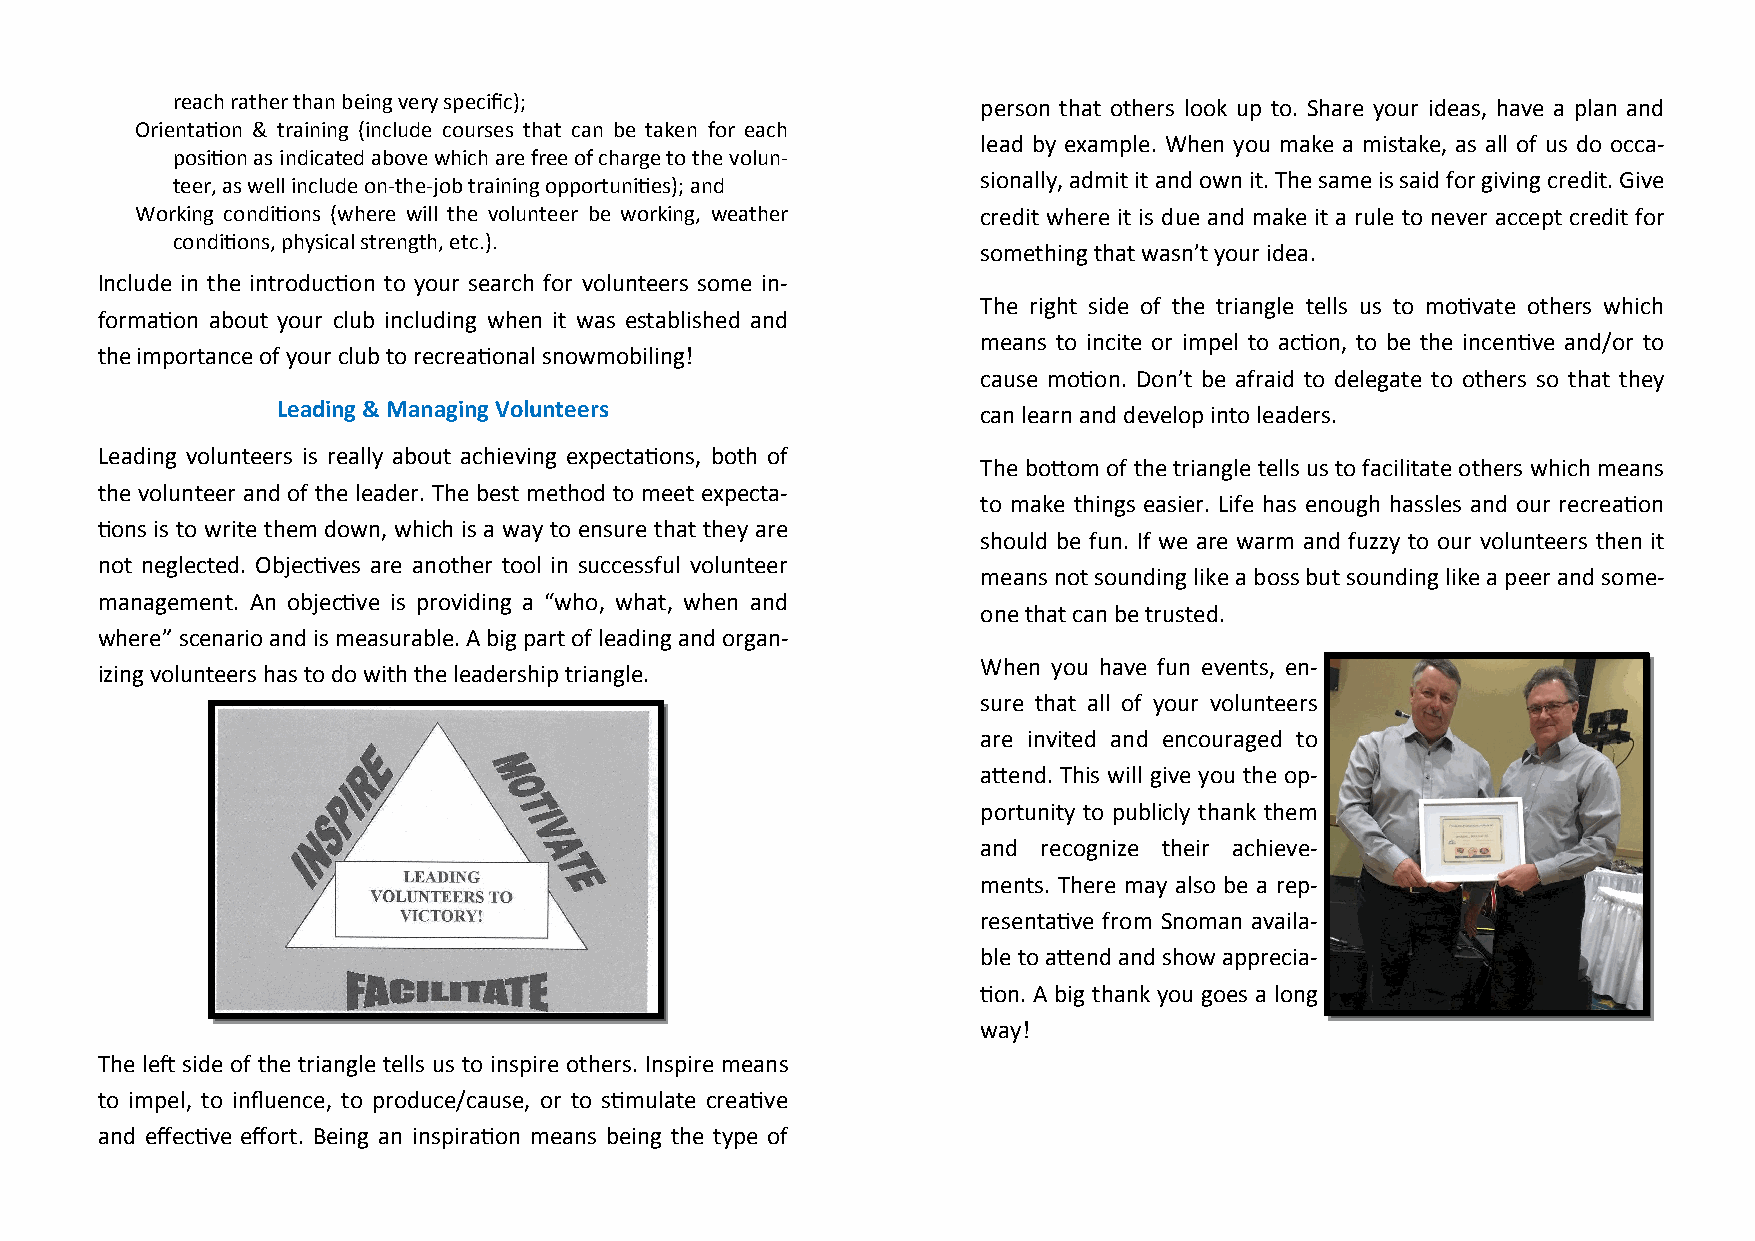
reach rather than being very specific);               person that others look up to. Share your ideas, have a plan and
 Orientation & training (include courses that can be taken for each
 lead by example. When you make a mistake, as all of us do occa-
 position as indicated above which are free of charge to the volun-
 teer, as well include on- the- job training opportunities); and sionally, admit it and own it. The same is said for giving credit. Give
 Working conditions (where will the volunteer be working, weather credit where it is due and make it a rule to never accept credit for
 conditions, physical strength, etc.).
 something that wasn’t your idea.
 Include in the introduction to your search for volunteers some in-
 The right side of the triangle tells us to motivate others which
 formation about your club including when it was established and
 means to incite or impel to action, to be the incentive and/or to
 the importance of your club to recreational snowmobiling!
 cause motion. Don’t be afraid to delegate to others so that they
 Leading & Managing Volunteers                  can learn and develop into leaders.
 Leading volunteers is really about achieving expectations, both of
 The bottom of the triangle tells us to facilitate others which means
 the volunteer and of the leader. The best method to meet expecta-
 to make things easier. Life has enough hassles and our recreation
 tions is to write them down, which is a way to ensure that they are
 should be fun. If we are warm and fuzzy to our volunteers then it
 not neglected. Objectives are another tool in successful volunteer
 means not sounding like a boss but sounding like a peer and some-
 management. An objective is providing a “who, what, when and
 one that can be trusted.
 where” scenario and is measurable. A big part of leading and organ-
 When you have fun events, en-
 izing volunteers has to do with the leadership triangle.
 sure that all of your volunteers
 are invited and encouraged to
 attend. This will give you the op-
 portunity to publicly thank them
 and recognize their achieve-
 ments. There may also be a rep-
 resentative from Snoman availa-
 ble to attend and show apprecia-
 tion. A big thank you goes a long
 way!
 The left side of the triangle tells us to inspire others. Inspire means
 to impel, to influence, to produce/cause, or to stimulate creative
 and effective effort. Being an inspiration means being the type of